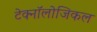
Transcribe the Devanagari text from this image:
टेक्नॉलोजिकल